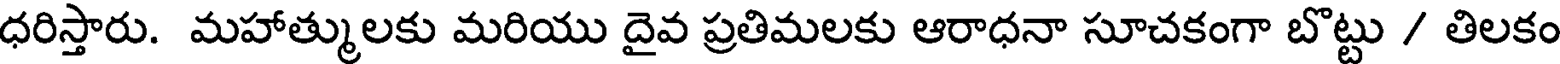
ధరిస్తారు. మహాత్ములకు మరియు దైవ ప్రతిమలకు ఆరాధనా సూచకంగా బొట్టు / తిలకం